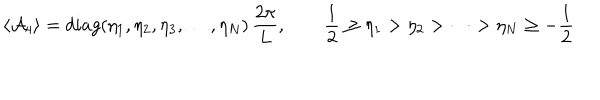
\langle { \cal A } _ { 4 } \rangle = d i a g ( \eta _ { 1 } , \eta _ { 2 } , \eta _ { 3 } , \dots , \eta _ { N } ) \, \frac { 2 \pi } { L } , \qquad \frac { 1 } { 2 } \ge \eta _ { 1 } > \eta _ { 2 } > \cdots > \eta _ { N } \ge - \frac { 1 } { 2 }